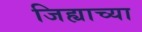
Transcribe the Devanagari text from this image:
जिह्याच्या